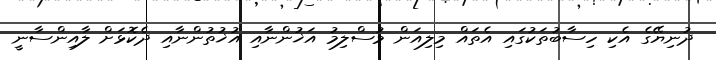
ދުނިޔޭގެ އެކި ހިސާބުތަކުގައި އެތައް މިލިއަން މުސްލިމު އަޚުންނާއި އުޚުތުންނާއި ދެކޮޅަށް ލާއިންސާނީ